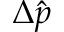
\Delta \hat { p }